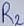
Text: R1